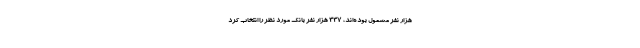
هزار نفر مشمول بوده‌اند، ۳۳۷ هزار نفر بانک مورد نظر را انتخاب کرد